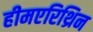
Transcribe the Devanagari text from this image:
हीमएरिथ्रिन